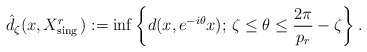
\begin{align*}\hat d_\zeta(x,X^r_{\mathrm{sing\,}}):=\inf\left\{d(x,e^{-i\theta}x);\,\zeta\leq\theta\leq\frac{2\pi}{p_r}-\zeta\right\}.\end{align*}